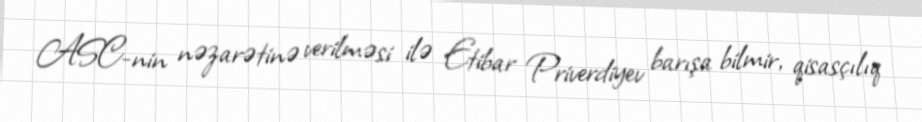
ASC-nin nəzarətinə verilməsi ilə Etibar Priverdiyev barışa bilmir, qisasçılıq